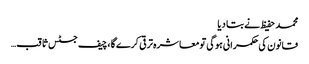
محمد حفیظ نے بتا دیا
قانون کی حکمرانی ہوگی تومعاشرہ ترقی کرے گا ،چیف جسٹس ثاقب…